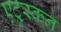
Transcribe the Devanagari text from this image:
एट्रुस्कन